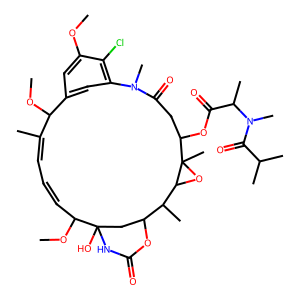
SMILES: COc1cc2cc(c1Cl)N(C)C(=O)CC(OC(=O)C(C)N(C)C(=O)C(C)C)C1(C)OC1C(C)C1CC(O)(NC(=O)O1)C(OC)C=CC=C(C)C2OC
Inhibits HIV replication: No